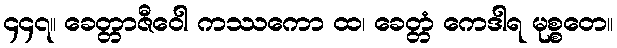
၄၄၇။ ခေတ္တာဇီဝေါ ကဿကော ထ၊ ခေတ္တံ ကေဒါရ မုစ္စတေ။